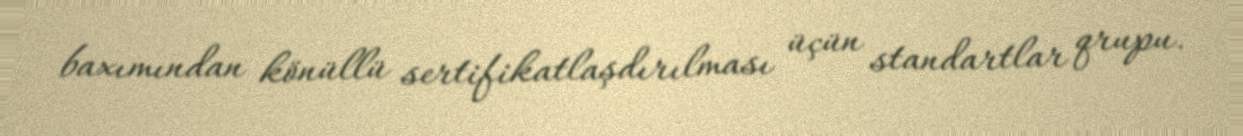
baxımından könüllü sertifikatlaşdırılması üçün standartlar qrupu.